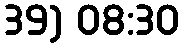
39) 08:30